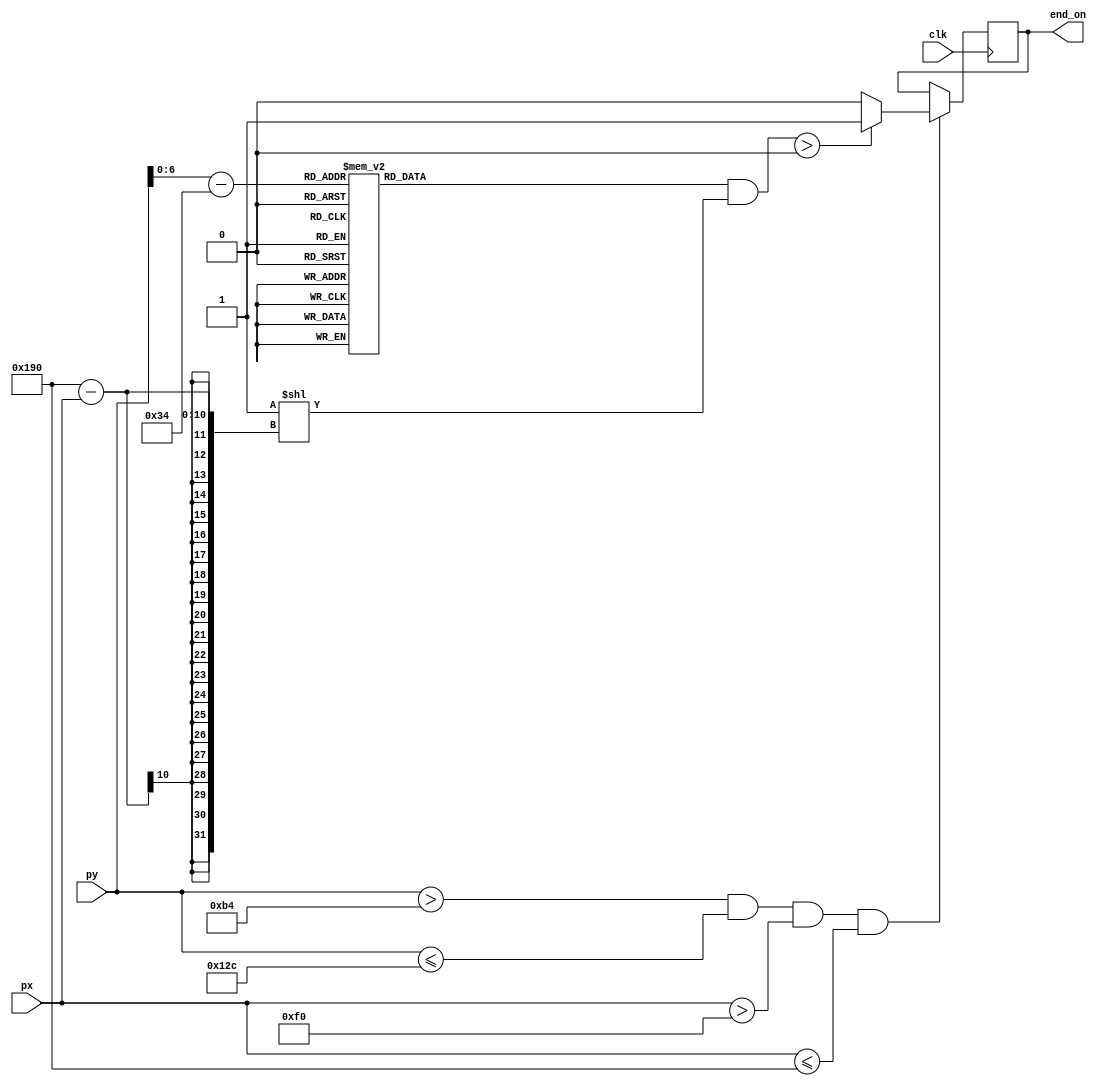
`timescale 1ns / 1ps
//////////////////////////////////////////////////////////////////////////////////
// Company: 
// Engineer: 
// 
// Design Name: 
// Module Name:    winmap 
// Project Name: 
// Target Devices: 
// Tool versions: 
// Description: 
//
// Dependencies: 
//
// Revision: 
// Revision 0.01 - File Created
// Additional Comments: 
//
//////////////////////////////////////////////////////////////////////////////////
module winmap(	
	input wire clk,
	input wire [9:0] px, py,
	output wire end_on
);
	reg out;
	reg [1:160] map [1:120];
	initial begin
      map[120] = 160'b00000000000000000000000000000000000000000000000000000000000000000000000000000000000000000000000000000000000000000000000000000000000000000000;
      map[119] = 160'b00000000000000000000000000000000000000000000000000000000000000000000000000000000000000000000000000000000000000000000000000000000000000000000;
      map[118] = 160'b00000000000000000000000000000000000000000000000000000000000000000000000000000000000000000000000000000000000000000000000000000000000000000000;
      map[117] = 160'b00000000000000000000000000000000000000000000000000000000000000000000000000000000000000000000000000000000000000000000000000000000000000000000;
      map[116] = 160'b00000000000000000000000000000000000000000000000000000000000000000000000000000000000000000000000000000000000000000000000000000000000000000000;
      map[115] = 160'b00000000000000000000000000000000000000000000000000000000000000000000000000000000000000000000000000000000000000000000000000000000000000000000;
      map[114] = 160'b00000000000000000000000000000000000000000000000000000000000000000000000000000000000000000000000000000000000000000000000000000000000000000000;
      map[113] = 160'b00000000000000000000000000000000000000000000000000000000000000000000000000000000000000000000000000000000000000000000000000000000000000000000;
      map[112] = 160'b00000000000000000000000000000000000000000000000000000000000000000000000000000000000000000000000000000000000000000000000000000000000000000000;
      map[111] = 160'b00000000000000000000000000000000000000000000000000000000000000000000000000000000000000000000000000000000000000000000000000000000000000000000;
      map[110] = 160'b00000000000000000000000000000000000000000000000000000000000000000000000000000000000000000000000000000000000000000000000000000000000000000000;
      map[109] = 160'b00000000000000000000000000000000000000000000000000000000000000000000000000000000000000000000000000000000000000000000000000000000000000000000;
      map[108] = 160'b00000000000000000000000000000000000000000000000000000000000000000000000000000000000000000000000000000000000000000000000000000000000000000000;
      map[107] = 160'b00000000000000000000000000000000000000000000000000000000000000000000000000000000000000000000000000000000000000000000000000000000000000000000;
      map[106] = 160'b00000000000000000000000000000000000000000000000000000000000000000000000000000000000000000000000000000000000000000000000000000000000000000000;
      map[105] = 160'b00000000000000000000000000000000000000000000000000000000000000000000000000000000000000000000000000000000000000000000000000000000000000000000;
      map[104] = 160'b00000000000000000000000000000000000000000000000000000000000000000000000000000000000000000000000000000000000000000000000000000000000000000000;
      map[103] = 160'b00000000000000000000000000000000000000000000000000000000000000000000000000000000000000000000000000000000000000000000000000000000000000000000;
      map[102] = 160'b00000000000000000000000000000000000000000000000000000000000000000000000000000000000000000000000000000000000000000000000000000000000000000000;
      map[101] = 160'b00000000000000000000000000000000000000000000000000000000000000000000000000000000000000000000000000000000000000000000000000000000000000000000;
      map[100] = 160'b00000000000000000000000000000000000000000000000000000000000000000000000000000000000000000000000000000000000000000000000000000000000000000000;
      map[99] = 160'b00000000000000000000000000000000000000000000000000000000000000000000000000000000000000000000000000000000000000000000000000000000000000000000;
      map[98] = 160'b00000000000000000000000000000000000000000000000000000000000000000000000000000000000000000000000000000000000000000000000000000000000000000000;
      map[97] = 160'b00000000000000000000000000000000000000000000000000000000000000000000000000000000000000000000000000000000000000000000000000000000000000000000;
      map[96] = 160'b00000000000000000000000000000000000000000000000000000000000000000000000000000000000000000000000000000000000000000000000000000000000000000000;
      map[95] = 160'b00000000000000000000000000000000000000000000000000000000000000000000000000000000000000000000000000000000000000000000000000000000000000000000;
      map[94] = 160'b00000000000000000000000000000000000000000000000000000000000000000000000000000000000000000000000000000000000000000000000000000000000000000000;
      map[93] = 160'b00000000000000000000000000000000000000000000000000000000000000000000000000000000000000000000000000000000000000000000000000000000000000000000;
      map[92] = 160'b00000000000000000000000000000000000000000000000000000000000000000000000000000000000000000000000000000000000000000000000000000000000000000000;
      map[91] = 160'b00000000000000000000000000000000000000000000000000000000000000000000000000000000000000000000000000000000000000000000000000000000000000000000;
      map[90] = 160'b00000000000000000000000000000000000000000000000000000000000000000000000000000000000000000000000000000000000000000000000000000000000000000000;
      map[89] = 160'b00000000000000000000000000000000000000000000000000000000000000000000000000000000000000000000000000000000000000000000000000000000000000000000;
      map[88] = 160'b00000000000000000000000000000000000000000000000000000000000000000000000000000000000000000000000000000000000000000000000000000000000000000000;
      map[87] = 160'b00000000000000000000000000000000000000000000000000000000000000000000000000000000000000000000000000000000000000000000000000000000000000000000;
      map[86] = 160'b00000000000000000000000000000000000000000000000000000000000000000000000000000000000000000000000000000000000000000000000000000000000000000000;
      map[85] = 160'b00000000000000000000000000000000000000000000000000000000000000000000000000000000000000000000000000000000000000000000000000000000000000000000;
      map[84] = 160'b00000000000000000000000000000000000000000000000000000000000000000000000000000000000000000000000000000000000000000000000000000000000000000000;
      map[83] = 160'b00000000000000000000000000000000000000000000000000000000000000000000000000000000000000000000000000000000000000000000000000000000000000000000;
      map[82] = 160'b00000000000000000000000000000000000000000000000000000000000000000000000000000000000000000000000000000000000000000000000000000000000000000000;
      map[81] = 160'b00000000000000000000000000000000000000000000000000000000000000000000000000000000000000000000000000000000000000000000000000000000000000000000;
      map[80] = 160'b00000000000000000000000000000000000000000000000000000000000000000000000000000000000000000000000000000000000000000000000000000000000000000000;
      map[79] = 160'b00000000000000000000000000000000000000000000000000000000000000000000000000000000000000000000000000000000000000000000000000000000000000000000;
      map[78] = 160'b00000000000000000000000000000000000000000000000000000000000000000000000000000000000000000000000000000000000000000000000000000000000000000000;
      map[77] = 160'b00000000000000000000000000000000000000000000000000000000000000000000000000000000000000000000000000000000000000000000000000000000000000000000;
      map[76] = 160'b00000000000001111111100000000000000111111110000000000000000000000000001111111111111000000000000000000011111110000000000000000111111110000000;
      map[75] = 160'b00000000000001111111110000000000000111111111000000000000000000000000001111111111111000000000000000000011111110000000000000001111111110000000;
      map[74] = 160'b00000000000001111111110000000000000111111111000000000000000000000000001111111111111000000000000000000011111110000000000000001111111110000000;
      map[73] = 160'b00000000000001111111110000000000000111111111000000000000000000000000001111111111111000000000000000000011111110000000000000011111111110000000;
      map[72] = 160'b00000000000011111111110000000000001111111111100000000000000000000000001111111111111000000000000000000011111110000000000000011111111110000000;
      map[71] = 160'b00000000000011111111111000000000001111111111100000000000000000000000001111111111111000000000000000000011111110000000000000111111111110000000;
      map[70] = 160'b00000000000011111111111000000000001111111111100000000000000000000000001111111111111000000000000000000011111110000000000001111111111110000000;
      map[69] = 160'b00000000000011111111111000000000001111111111100000000000000000000000000011111111000000000000000000000011111110000000000001111111111110000000;
      map[68] = 160'b00000000000111111111111100000000011111111111110000000000000000000000000011111111000000000000000000000011111110000000000011111111111110000000;
      map[67] = 160'b00000000000111111111111100000000011111111111110000000000000000000000000011111111000000000000000000000011111110000000000111111111111110000000;
      map[66] = 160'b00000000000111111111111100000000011111111111110000000000000000000000000011111111000000000000000000000011111110000000000111111111111110000000;
      map[65] = 160'b00000000000111111111111100000000011111101111110000000000000000000000000011111111000000000000000000000011111110000000000111111111111110000000;
      map[64] = 160'b00000000001111111101111110000000111111101111111000000000000000000000000011111111000000000000000000000011111110000000001111111111111110000000;
      map[63] = 160'b00000000001111111001111110000000111111100111111000000000000000000000000011111111000000000000000000000011111110000000001111111011111110000000;
      map[62] = 160'b00000000001111111001111110000000111111100111111000000000000000000000000011111111000000000000000000000011111110000000011111110011111110000000;
      map[61] = 160'b00000000011111111001111110000001111111100111111100000000000000000000000011111111000000000000000000000011111110000000111111110011111110000000;
      map[60] = 160'b00000000011111111000111111000001111111000111111100000000000000000000000011111111000000000000000000000011111110000000111111100011111110000000;
      map[59] = 160'b00000000011111110000111111000001111111000011111100000000000000000000000011111111000000000000000000000011111110000001111111100011111110000000;
      map[58] = 160'b00000000011111110000111111000001111111000011111100000000000000000000000011111111000000000000000000000011111110000011111111000011111110000000;
      map[57] = 160'b00000000111111110000011111000011111111000011111110000000000000000000000011111111000000000000000000000011111110000011111110000011111110000000;
      map[56] = 160'b00000000111111110000011111100011111110000011111110000000000000000000000011111111000000000000000000000011111110000111111110000011111110000000;
      map[55] = 160'b00000000111111110000011111100011111110000011111110000000000000000000000011111111000000000000000000000011111110000111111100000011111110000000;
      map[54] = 160'b00000000111111100000011111100011111110000011111110000000000000000000000011111111000000000000000000000011111110001111111000000011111110000000;
      map[53] = 160'b00000001111111100000011111110111111110000011111110000000000000000000000011111111000000000000000000000011111110001111111000000011111110000000;
      map[52] = 160'b00000001111111100000011111110111111100000011111110000000000000000000000011111111000000000000000000000011111110001111111000000011111110000000;
      map[51] = 160'b00000001111111100000011111110111111100000011111110000000000000000000000011111111000000000000000000000011111110011111110000000011111110000000;
      map[50] = 160'b00000001111111000000001111110111111100000011111111000000000000000000000011111111000000000000000000000011111110111111110000000011111110000000;
      map[49] = 160'b00000001111111000000001111111111111100000001111111000000000000000000000011111111000000000000000000000011111110111111100000000011111110000000;
      map[48] = 160'b00000001111111000000001111111111111000000001111111000000000000000000000011111111000000000000000000000011111111111111000000000011111110000000;
      map[47] = 160'b00000001111111000000001111111111111000000001111111000000000000000000000011111111000000000000000000000011111111111111000000000011111110000000;
      map[46] = 160'b00000001111111000000000111111111111000000001111111100000000000000000000011111111000000000000000000000011111111111110000000000011111110000000;
      map[45] = 160'b00000011111111000000000111111111111000000001111111100000000000000000000011111111000000000000000000000011111111111110000000000011111110000000;
      map[44] = 160'b00000011111111000000000111111111111000000000111111100000000000000000000011111111000000000000000000000011111111111100000000000011111110000000;
      map[43] = 160'b00000011111111000000000111111111111000000000111111100000000000000000001111111111111000000000000000000011111111111000000000000011111110000000;
      map[42] = 160'b00000111111111000000000011111111111000000000111111110000000000000000001111111111111000000000000000000011111111111000000000000011111110000000;
      map[41] = 160'b00000111111110000000000011111111111000000000111111110000000000000000001111111111111000000000000000000011111111110000000000000011111110000000;
      map[40] = 160'b00000111111110000000000011111111110000000000011111110000000000000000001111111111111000000000000000000011111111110000000000000011111110000000;
      map[39] = 160'b00000111111110000000000001111111110000000000011111111000000000000000001111111111111000000000000000000011111111110000000000000011111110000000;
      map[38] = 160'b00001111111110000000000001111111110000000000011111111000000000000000001111111111111000000000000000000011111111100000000000000011111110000000;
      map[37] = 160'b00001111111110000000000001111111110000000000011111111000000000000000001111111111111000000000000000000011111111000000000000000011111110000000;
      map[36] = 160'b00000000000000000000000000000000000000000000000000000000000000000000000000000000000000000000000000000000000000000000000000000000000000000000;
      map[35] = 160'b00000000000000000000000000000000000000000000000000000000000000000000000000000000000000000000000000000000000000000000000000000000000000000000;
      map[34] = 160'b00000000000000000000000000000000000000000000000000000000000000000000000000000000000000000000000000000000000000000000000000000000000000000000;
      map[33] = 160'b00000000000000000000000000000000000000000000000000000000000000000000000000000000000000000000000000000000000000000000000000000000000000000000;
      map[32] = 160'b00000000000000000000000000000000000000000000000000000000000000000000000000000000000000000000000000000000000000000000000000000000000000000000;
      map[31] = 160'b00000000000000000000000000000000000000000000000000000000000000000000000000000000000000000000000000000000000000000000000000000000000000000000;
      map[30] = 160'b00000000000000000000000000000000000000000000000000000000000000000000000000000000000000000000000000000000000000000000000000000000000000000000;
      map[29] = 160'b00000000000000000000000000000000000000000000000000000000000000000000000000000000000000000000000000000000000000000000000000000000000000000000;
      map[28] = 160'b00000000000000000000000000000000000000000000000000000000000000000000000000000000000000000000000000000000000000000000000000000000000000000000;
      map[27] = 160'b00000000000000000000000000000000000000000000000000000000000000000000000000000000000000000000000000000000000000000000000000000000000000000000;
      map[26] = 160'b00000000000000000000000000000000000000000000000000000000000000000000000000000000000000000000000000000000000000000000000000000000000000000000;
      map[25] = 160'b00000000000000000000000000000000000000000000000000000000000000000000000000000000000000000000000000000000000000000000000000000000000000000000;
      map[24] = 160'b00000000000000000000000000000000000000000000000000000000000000000000000000000000000000000000000000000000000000000000000000000000000000000000;
      map[23] = 160'b00000000000000000000000000000000000000000000000000000000000000000000000000000000000000000000000000000000000000000000000000000000000000000000;
      map[22] = 160'b00000000000000000000000000000000000000000000000000000000000000000000000000000000000000000000000000000000000000000000000000000000000000000000;
      map[21] = 160'b00000000000000000000000000000000000000000000000000000000000000000000000000000000000000000000000000000000000000000000000000000000000000000000;
      map[20] = 160'b00000000000000000000000000000000000000000000000000000000000000000000000000000000000000000000000000000000000000000000000000000000000000000000;
      map[19] = 160'b00000000000000000000000000000000000000000000000000000000000000000000000000000000000000000000000000000000000000000000000000000000000000000000;
      map[18] = 160'b00000000000000000000000000000000000000000000000000000000000000000000000000000000000000000000000000000000000000000000000000000000000000000000;
      map[17] = 160'b00000000000000000000000000000000000000000000000000000000000000000000000000000000000000000000000000000000000000000000000000000000000000000000;
      map[16] = 160'b00000000000000000000000000000000000000000000000000000000000000000000000000000000000000000000000000000000000000000000000000000000000000000000;
      map[15] = 160'b00000000000000000000000000000000000000000000000000000000000000000000000000000000000000000000000000000000000000000000000000000000000000000000;
      map[14] = 160'b00000000000000000000000000000000000000000000000000000000000000000000000000000000000000000000000000000000000000000000000000000000000000000000;
      map[13] = 160'b00000000000000000000000000000000000000000000000000000000000000000000000000000000000000000000000000000000000000000000000000000000000000000000;
      map[12] = 160'b00000000000000000000000000000000000000000000000000000000000000000000000000000000000000000000000000000000000000000000000000000000000000000000;
      map[11] = 160'b00000000000000000000000000000000000000000000000000000000000000000000000000000000000000000000000000000000000000000000000000000000000000000000;
      map[10] = 160'b00000000000000000000000000000000000000000000000000000000000000000000000000000000000000000000000000000000000000000000000000000000000000000000;
      map[9] = 160'b00000000000000000000000000000000000000000000000000000000000000000000000000000000000000000000000000000000000000000000000000000000000000000000;
      map[8] = 160'b00000000000000000000000000000000000000000000000000000000000000000000000000000000000000000000000000000000000000000000000000000000000000000000;
      map[7] = 160'b00000000000000000000000000000000000000000000000000000000000000000000000000000000000000000000000000000000000000000000000000000000000000000000;
      map[6] = 160'b00000000000000000000000000000000000000000000000000000000000000000000000000000000000000000000000000000000000000000000000000000000000000000000;
      map[5] = 160'b00000000000000000000000000000000000000000000000000000000000000000000000000000000000000000000000000000000000000000000000000000000000000000000;
      map[4] = 160'b00000000000000000000000000000000000000000000000000000000000000000000000000000000000000000000000000000000000000000000000000000000000000000000;
      map[3] = 160'b00000000000000000000000000000000000000000000000000000000000000000000000000000000000000000000000000000000000000000000000000000000000000000000;
      map[2] = 160'b00000000000000000000000000000000000000000000000000000000000000000000000000000000000000000000000000000000000000000000000000000000000000000000;
      map[1] = 160'b00000000000000000000000000000000000000000000000000000000000000000000000000000000000000000000000000000000000000000000000000000000000000000000;
	end
//	clk1ms m4(clk, clk_1ms);
	always @(posedge clk) begin
		if (py>180 && py<=300 && px>240 && px<=400) out <= ((map[py-180] & (1<<(400-px)))>0) ? 1 : 0;
	end
	assign end_on = out;
endmodule